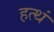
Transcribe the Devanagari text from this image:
हत्थं